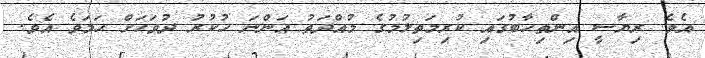
އެވެ. ރިޔާސީ އިންތިހާބުގައި ކުރިމަތިލުމުގެ މުއްދަތު އަންނަ ހުކުރު ދުވަހަށް ހަމަވެ އެވެ.